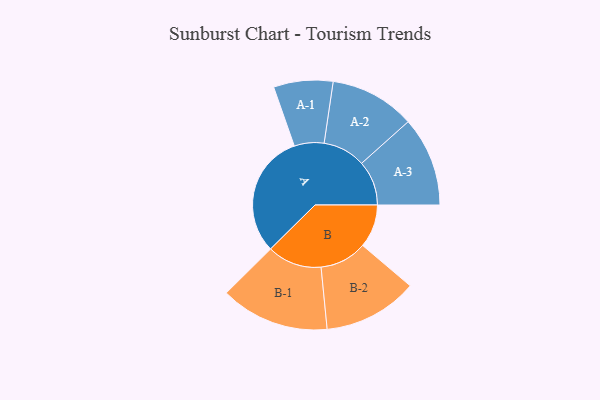
{"axis": {"x": "Segment", "y": "Value"}, "legend": ["", "A", "B"], "data": [{"x": "A", "y": 458, "type": ""}, {"x": "B", "y": 160, "type": ""}, {"x": "A-1", "y": 110, "type": "A"}, {"x": "A-2", "y": 158, "type": "A"}, {"x": "A-3", "y": 166, "type": "A"}, {"x": "B-1", "y": 202, "type": "B"}, {"x": "B-2", "y": 175, "type": "B"}]}